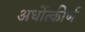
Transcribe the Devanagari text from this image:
अर्धोत्कीर्ण